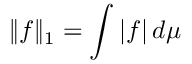
\| f \| _ { 1 } = \int | f | \, d \mu